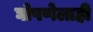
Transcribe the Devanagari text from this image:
घोषणेलाही